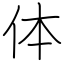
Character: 体